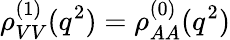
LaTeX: \rho_{VV}^{(1)}(q^{2})=\rho_{AA}^{(0)}(q^{2})